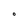
Character: O